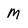
Character: m